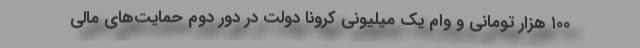
۱۰۰ هزار تومانی و وام یک میلیونی کرونا دولت در دور دوم حمایت‌های مالی